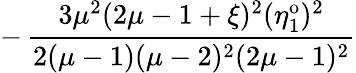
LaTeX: -\, \frac{3\mu^{2}(2\mu-1+\xi)^{2}(\eta_{1}^{\mathrm{o}})^{2}}{2(\mu-1)(\mu-2)^{2}(2\mu-1)^{2}}